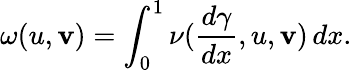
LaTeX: \omega(u,\mathbf{v})=\int_{0}^{1}\nu(\frac{{d\gamma}}{{dx}},u,\mathbf{v})\, dx.